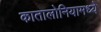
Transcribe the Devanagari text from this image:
कातालोनियामध्ये